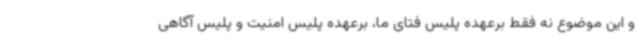
و این موضوع نه فقط برعهده پلیس فتای ما، برعهده پلیس امنیت و پلیس آگاهی